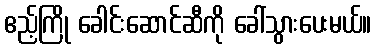
ဧည့်ကြို ခေါင်းဆောင်ဆီကို ခေါ်သွားပေးမယ်။